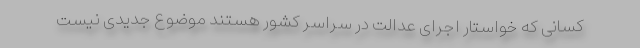
کسانی که خواستار اجرای عدالت در سراسر کشور هستند موضوع جدیدی نیست